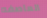
العاصفه